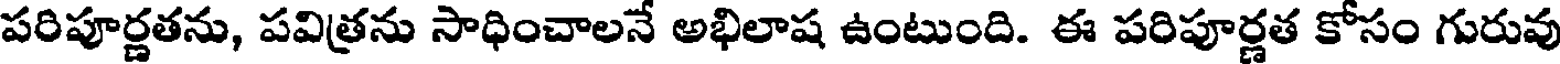
పరిపూర్ణతను, పవిత్రను సాధించాలనే అభిలాష ఉంటుంది. ఈ పరిపూర్ణత కోసం గురువు